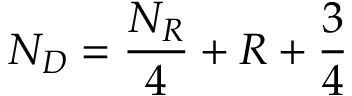
N _ { D } = \frac { N _ { R } } { 4 } + R + \frac { 3 } { 4 }